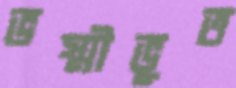
ভস্মীভূত